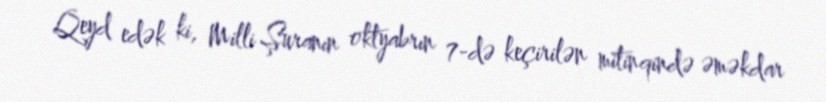
Qeyd edək ki, Milli Şuranın oktyabrın 7-də keçirilən mitinqində əməkdar